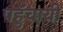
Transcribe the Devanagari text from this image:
पहुॅचायी